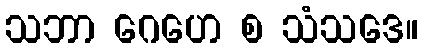
သဘာ ဂေဟေ စ သံသဒေ။